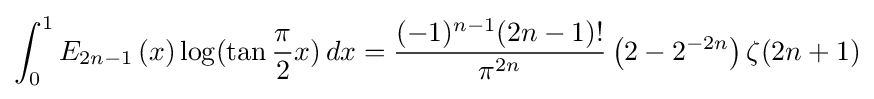
\int _{0}^{1}E_{2n-1}\left(x\right)\log(\tan {\frac {\pi }{2}}x)\,dx={\frac {(-1)^{n-1}(2n-1)!}{\pi ^{2n}}}\left(2-2^{-2n}\right)\zeta (2n+1)